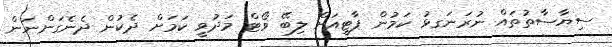
ސިޔާސާތުތައް ނުރަނަގޅު ކަމުން ޕާޓީއަށް ލިބޭ ވޯޓް މަދުވީ ކަމަށް ދެކުން ދެނެގަންނަން